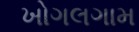
ખોગલગામ